Annual report of the Punjab Veterinary College and of the Civil Veterinary Department, Punjab - 1894-1908
Year: 1894
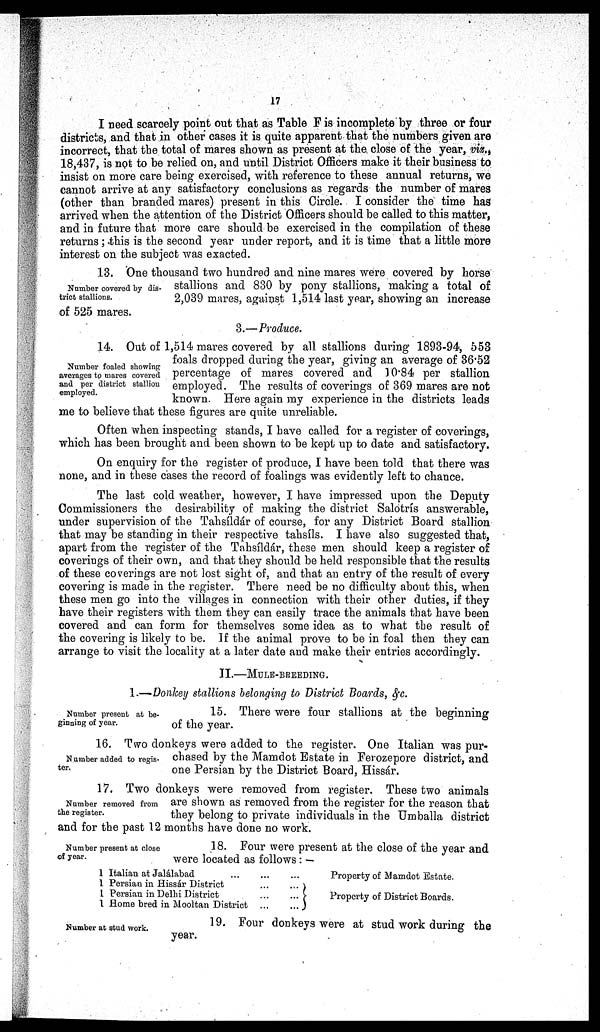
17
I need scarcely point out that as Table F is incomplete by three or four
districts, and that in other cases it is quite apparent that the numbers given are
incorrect, that the total of mares shown as present at the. close of the year, viz.,
18,437, is not to be relied on, and until District Officers make it their business to
insist on more care being exercised, with reference to these annual returns, we
cannot arrive at any satisfactory conclusions as regards the number of mares
(other than branded mares) present in this Circle. I consider the time has
arrived when the attention of the District Officers should be called to this matter,
and in future that more care should be exercised in the compilation of these
returns ; this is the second year under report, and it is time that a little more
interest on the subject was exacted.
Number covered by dis-
trict stallions.
13. One thousand two hundred and nine mares were covered by horse
stallions and 830 by pony stallions, making a total of
2,039 mares, against 1,514 last year, showing an increase
of 525 mares.
3.—Produce.
Number foaled showing
averages to mares covered
and per district stallion
employed.
14. Out of 1,514 mares covered by all stallions during 1893-94, 553
foals dropped during the year, giving an average of 36.52
percentage of mares covered and 10.84 per stallion
employed. The results of coverings of 369 mares are not
known. Here again my experience in the districts leads
me to believe that these figures are quite unreliable.
Often when inspecting stands, I have called for a register of coverings,
which has been brought and been shown to be kept up to date and satisfactory.
On enquiry for the register of produce, I have been told that there was
none, and in these cases the record of foalings was evidently left to chance.
The last cold weather, however, I have impressed upon the Deputy
Commissioners the desirability of making the district Salotrís answerable,
under supervision of the Tahsíldár of course, for any District Board stallion
that may be standing in their respective tahsíls. I have also suggested that,
apart from the register of the Tahsíldár, these men should keep a register of
coverings of their own, and that they should be held responsible that the results
of these coverings are not lost sight of, and that an entry of the result of every
covering is made in the register. There need be no difficulty about this, when
these men go into the villages in connection with their other duties, if they
have their registers with them they can easily trace the animals that have been
covered and can form for themselves some idea as to what the result of
the covering is likely to be. If the animal prove to be in foal then they can
arrange to visit the locality at a later date and make their entries accordingly.
II.—MULE-BREEDING.
1.—Donkey stallions belonging to District Boards, &c.
Number present at be-
ginning of year.
15. There were four stallions at the beginning
of the year.
Number added to regis-
ter.
16. Two donkeys were added to the register. One Italian was pur-
chased by the Mamdot Estate in Ferozepore district, and
one Persian by the District Board, Hissár.
Number removed from
the register.
17. Two donkeys were removed from register. These two animals
are shown as removed from the register for the reason that
they belong to private individuals in the Umballa district
and for the past 12 months have done no work.
Number present at close
of year.
18. Four were present at the close of the year and
were located as follows:—
1 Italian at Jalálabad ... ... ...
1 Persian in Hissár District
...
...
1 Persian in Delhi District
...
...
1 Home bred in Mooltan District
...
...
Property of Mamdot Estate.
Property of District Boards.
Number at stud work.
19. Four donkeys were at stud work during the
year.